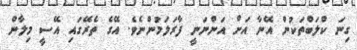
ގިނަ ކްލަބްތަކުން އޭނާ އަށް އަންނަނީ ފާރަލަމުންނެވެ. އޭގެ ތެރޭގައި އޭސީ މިލާން